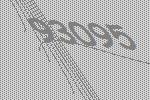
93095